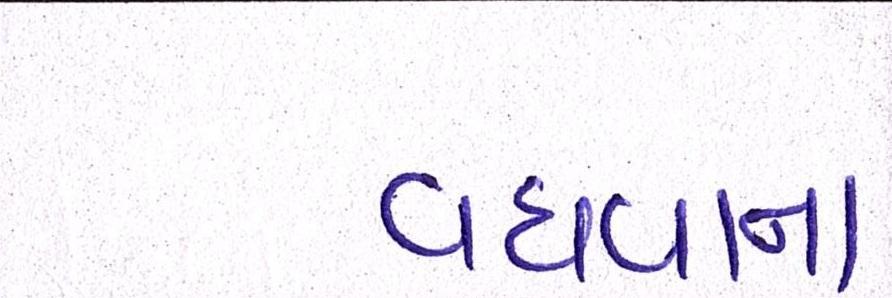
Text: વધવાના